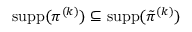
\operatorname { s u p p } ( \pi ^ { ( k ) } ) \subseteq \operatorname { s u p p } ( \tilde { \pi } ^ { ( k ) } )